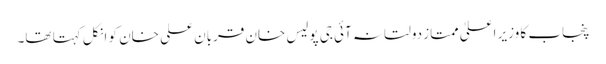
پنجاب کا وزیر اعلیٰ ممتاز دولتانہ آئی جی پولیس خان قربان علی خان کو انکل کہتا تھا۔